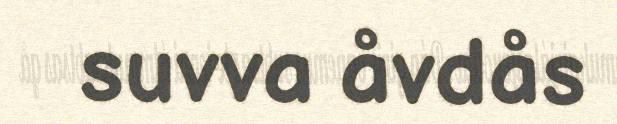
suvva åvdås